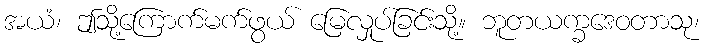
အယံ၊ ဤသို့ကြောက်မက်ဖွယ် မြေလှုပ်ခြင်းသို့။ ဘူတယက္ခဒေဝတာသု၊